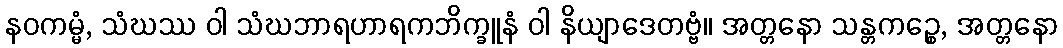
နဝကမ္မံ, သံဃဿ ဝါ သံဃဘာရဟာရကဘိက္ခူနံ ဝါ နိယျာဒေတဗ္ဗံ။ အတ္တနော သန္တကဉ္စေ, အတ္တနော